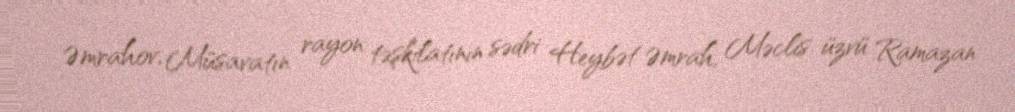
Əmrahov, Müsavatın rayon təşkilatının sədri Heybət Əmrah, Məclis üzvü Ramazan